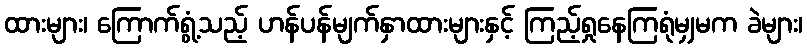
ထားများ၊ ကြောက်ရွံ့သည့် ဟန်ပန်မျက်နှာထားများနှင့် ကြည့်ရှုနေကြရုံမျှမက ခဲများ၊